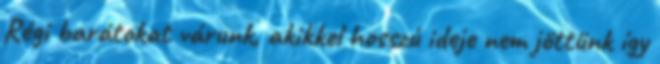
Régi barátokat várunk, akikkel hosszú ideje nem jöttünk így